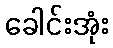
ခေါင်းအုံး